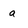
Character: a